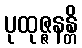
ပုထုဇ္ဇနန္တိ